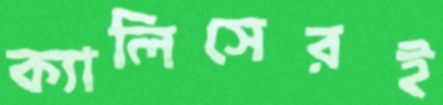
ক্যালিসেরই